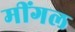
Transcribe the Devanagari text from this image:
मींगल